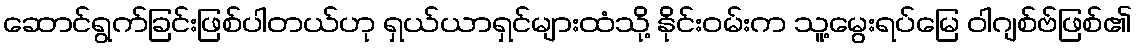
ဆောင်ရွက်ခြင်းဖြစ်ပါတယ်ဟု ရှယ်ယာရှင်များထံသို့ နိုင်းဝမ်းက သူ့မွေးရပ်မြေ ဝါဂျစ်ဗ်ဖြစ်၏